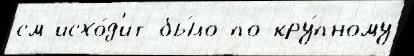
см исхо́д'ит бы́ло по-кру́пному